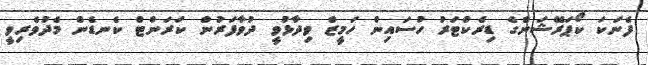
ފެނަކަ ކޯޕަރޭޝަންގެ ޑިރެކްޓަރު ހުސައިން ހަމީޒް ވިދާޅުވީ ދުވާފަރުން ކަރަންޓް ކެނޑެން މެދުވެރިވީ